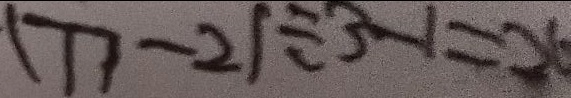
( 7 7 - 2 ) \div 3 - 1 = 2 6